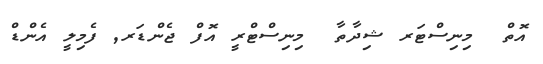
އޮތް  މިނިސްޓަރ ޝިދާތާ  މިނިސްޓްރީ އޮފް ޖެންޑަރ